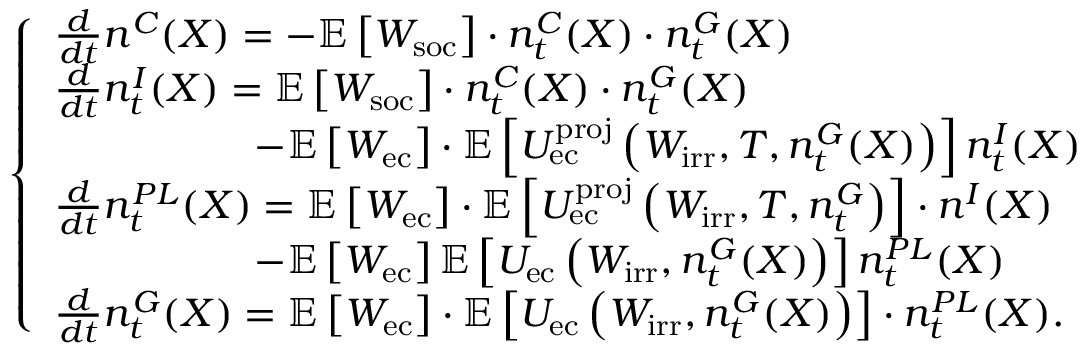
\left\{ \begin{array} { l l } { \frac { d } { d t } n ^ { C } ( X ) = - \mathbb { E } \left[ W _ { \mathrm { s o c } } \right] \cdot n _ { t } ^ { C } ( X ) \cdot n _ { t } ^ { G } ( X ) } \\ { \frac { d } { d t } n _ { t } ^ { I } ( X ) = \mathbb { E } \left[ W _ { \mathrm { s o c } } \right] \cdot n _ { t } ^ { C } ( X ) \cdot n _ { t } ^ { G } ( X ) } \\ { \quad \quad \quad \quad \quad - \mathbb { E } \left[ W _ { \mathrm { e c } } \right] \cdot \mathbb { E } \left[ U _ { \mathrm { e c } } ^ { \mathrm { p r o j } } \left( W _ { \mathrm { i r r } } , T , n _ { t } ^ { G } ( X ) \right) \right] n _ { t } ^ { I } ( X ) } \\ { \frac { d } { d t } n _ { t } ^ { P L } ( X ) = \mathbb { E } \left[ W _ { \mathrm { e c } } \right] \cdot \mathbb { E } \left[ U _ { \mathrm { e c } } ^ { \mathrm { p r o j } } \left( W _ { \mathrm { i r r } } , T , n _ { t } ^ { G } \right) \right] \cdot n ^ { I } ( X ) } \\ { \quad \quad \quad \quad \quad - \mathbb { E } \left[ W _ { \mathrm { e c } } \right] \mathbb { E } \left[ U _ { \mathrm { e c } } \left( W _ { \mathrm { i r r } } , n _ { t } ^ { G } ( X ) \right) \right] n _ { t } ^ { P L } ( X ) } \\ { \frac { d } { d t } n _ { t } ^ { G } ( X ) = \mathbb { E } \left[ W _ { \mathrm { e c } } \right] \cdot \mathbb { E } \left[ U _ { \mathrm { e c } } \left( W _ { \mathrm { i r r } } , n _ { t } ^ { G } ( X ) \right) \right] \cdot n _ { t } ^ { P L } ( X ) . } \end{array} \right.